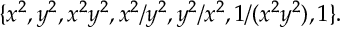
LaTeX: \{ x ^ { 2 } , y ^ { 2 } , x ^ { 2 } y ^ { 2 } , x ^ { 2 } / y ^ { 2 } , y ^ { 2 } / x ^ { 2 } , 1 / ( x ^ { 2 } y ^ { 2 } ) , 1 \} .